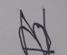
Signature authenticity: forged